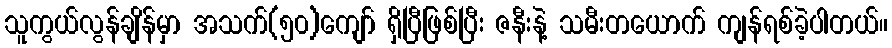
သူကွယ်လွန်ချိန်မှာ အသက်(၅၀)ကျော် ရှိပြီဖြစ်ပြီး ဇနီးနဲ့ သမီးတယောက် ကျန်ရစ်ခဲ့ပါတယ်။